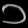
Digit: ၁